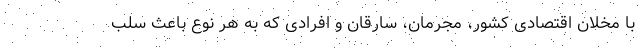
با مخلان اقتصادی کشور، مجرمان، سارقان و افرادی که به هر نوع باعث سلب